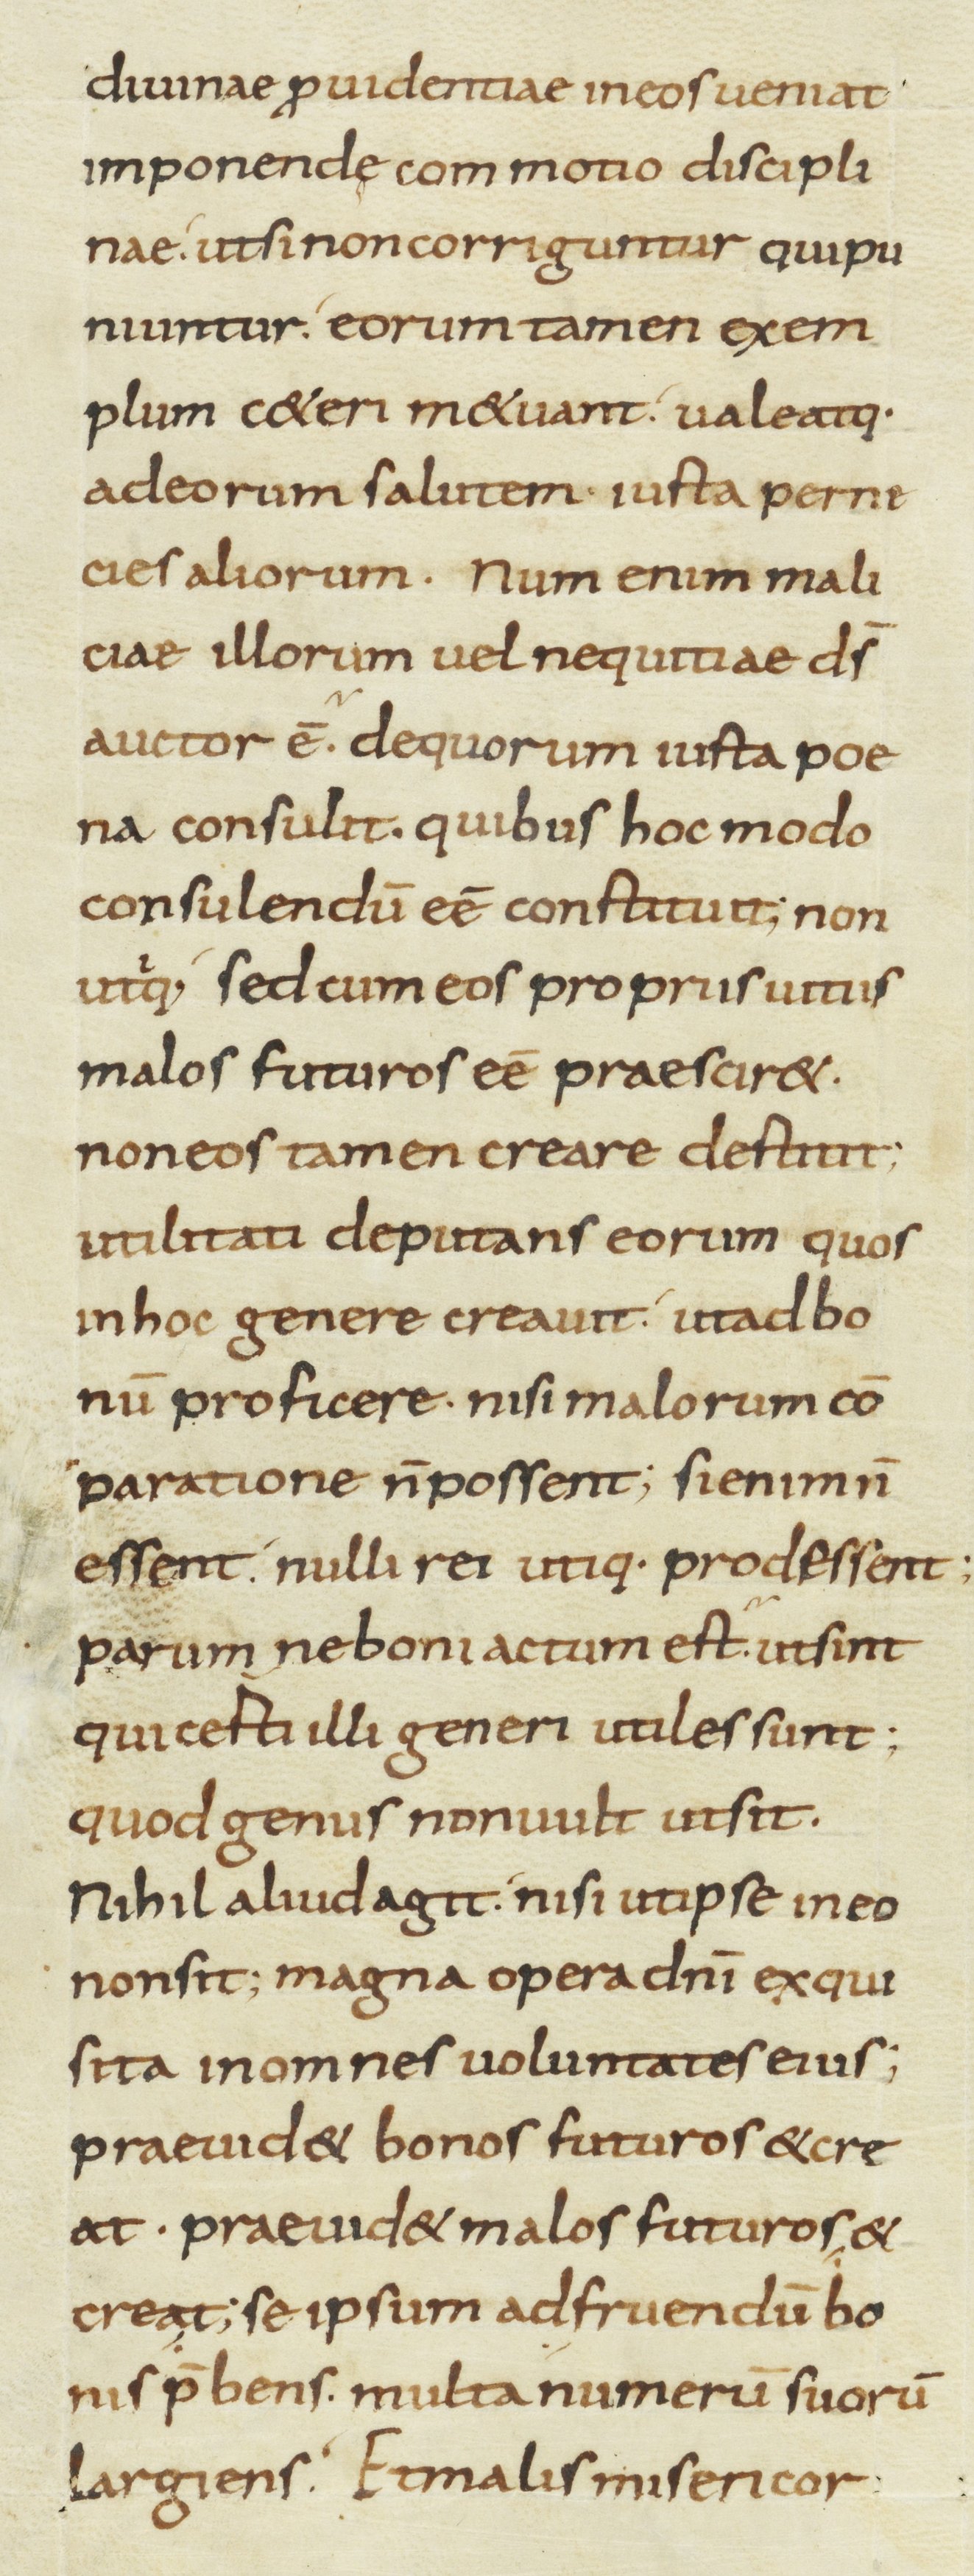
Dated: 800–899